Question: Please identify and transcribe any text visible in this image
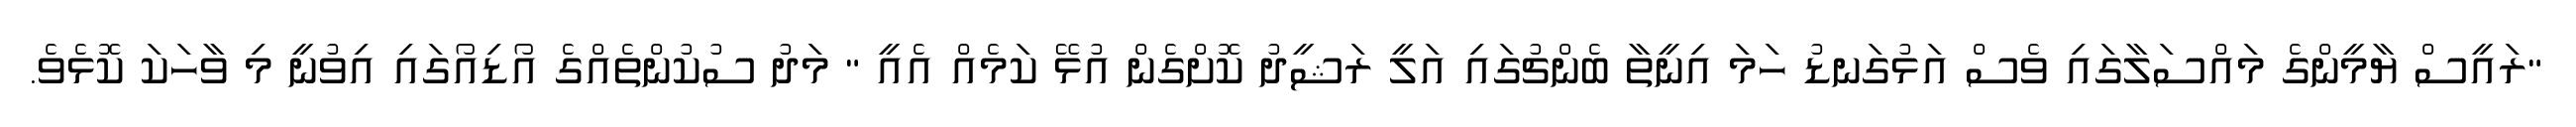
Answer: "ރައީސް ޔާމީންގެ މައްސަލާގައި ވެސް އަޅުގަނޑު ހަމަ އިނީތާ ބެންޗުގައި އަލީ ރަޝީދު ކޮށްގެން އުޅޭ ކަމެއް އެއީ " މަދު ސުކުންތެއްގެ އޯޑިއޯގައި އިވުނީ މި ވާހަކަ ކޮޅެވެ.